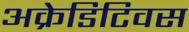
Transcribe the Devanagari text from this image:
अक्रेडिटिवस